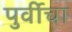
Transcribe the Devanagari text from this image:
पुर्वीचा